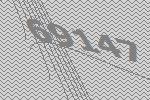
69147